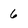
Character: 6